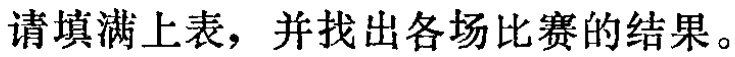
请填满上表，并找出各场比赛的结果。